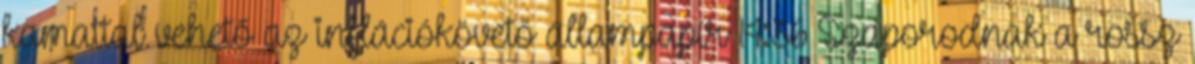
kamattal vehető az inflációkövető állampapír 14:36 Szaporodnak a rossz